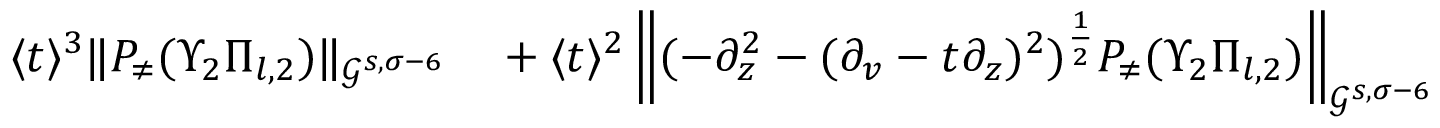
\begin{array} { r l } { \langle t \rangle ^ { 3 } \| P _ { \neq } ( \Upsilon _ { 2 } \Pi _ { l , 2 } ) \| _ { \mathcal { G } ^ { s , \sigma - 6 } } } & { { } + \langle t \rangle ^ { 2 } \left\| ( - \partial _ { z } ^ { 2 } - ( \partial _ { v } - t \partial _ { z } ) ^ { 2 } ) ^ { \frac 1 2 } P _ { \neq } ( \Upsilon _ { 2 } \Pi _ { l , 2 } ) \right\| _ { \mathcal { G } ^ { s , \sigma - 6 } } } \end{array}